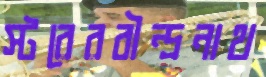
স্টরেরবীন্দ্রনাথ